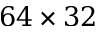
6 4 \times 3 2